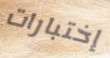
إختبارات